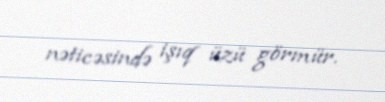
nəticəsində işıq üzü görmür.